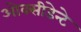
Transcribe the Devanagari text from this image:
ओक्सीडेन्टे